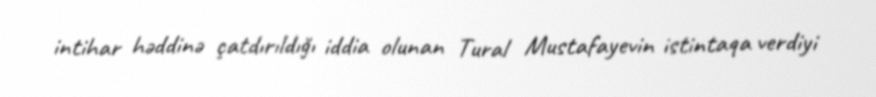
intihar həddinə çatdırıldığı iddia olunan Tural Mustafayevin istintaqa verdiyi